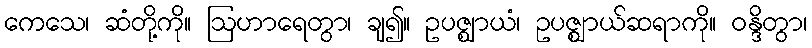
ကေသေ၊ ဆံတို့ကို။ ဩဟာရေတွာ၊ ချ၍။ ဥပဇ္ဈာယံ၊ ဥပဇ္ဈာယ်ဆရာကို။ ဝန္ဒိတွာ၊